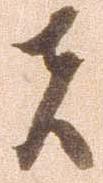
者